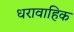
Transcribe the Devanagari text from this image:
धरावाहिक